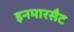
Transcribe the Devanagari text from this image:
इनमारसैट